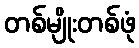
တစ်မျိုးတစ်ဖုံ